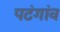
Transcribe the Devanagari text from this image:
पटंगांव